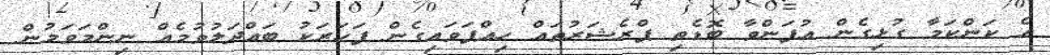
އެ ކަންކަމާ ގުޅިގެން އުފަންވާ ބޮޑެތި ޕްރެޝަރުތައް ހިއްޕަވައިގެން ފަހަރަކު ބައްދަލުވުމެއް ނިންމަވަމުން